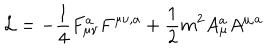
LaTeX: { \cal L } = - \frac { 1 } { 4 } F _ { \mu \nu } ^ { a } F ^ { \mu \nu , a } + \frac { 1 } { 2 } m ^ { 2 } A _ { \mu } ^ { a } A ^ { \mu , a }